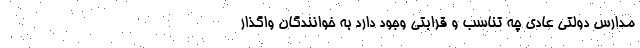
مدارس دولتی عادی چه تناسب و قرابتی وجود دارد به خوانندگان واگذار